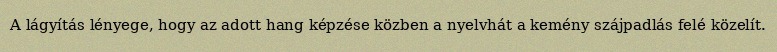
A lágyítás lényege, hogy az adott hang képzése közben a nyelvhát a kemény szájpadlás felé közelít.